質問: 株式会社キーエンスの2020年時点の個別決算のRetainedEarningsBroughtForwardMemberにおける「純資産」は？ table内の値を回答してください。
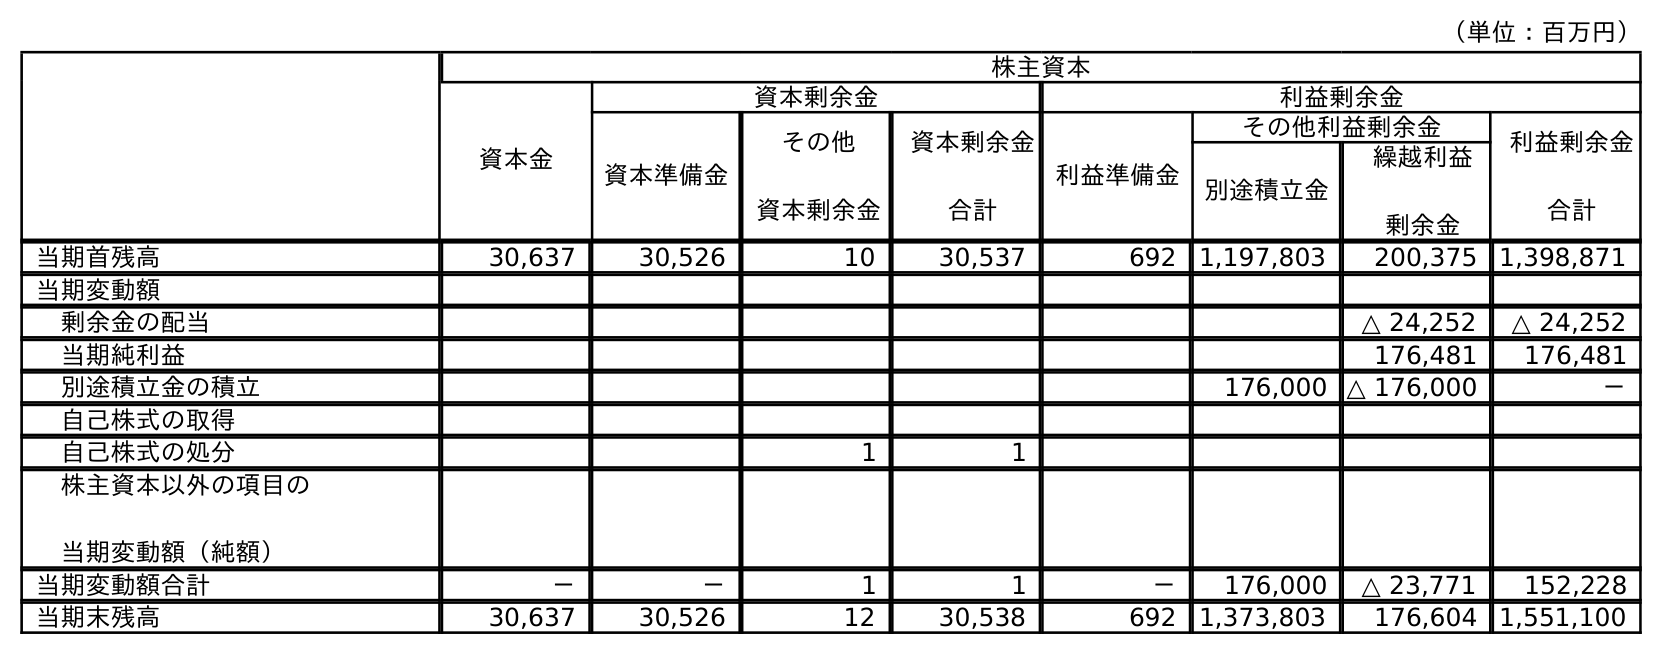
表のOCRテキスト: （単位：百万円） 株主資本 資本金 資本剰余金 利益剰余金 資本準備金 その他 資本剰余金 資本剰余金 合計 利益準備金 その他利益剰余金 利益剰余金 合計 別途積立金 繰越利益 剰余金 当期首残高 30,637 30,526 10 30,537 692 1,197,803 200,375 1,398,871 当期変動額 剰余金の配当 △ 24,252 △ 24,252 当期純利益 176,481 176,481 別途積立金の積立 176,000 △ 176,000 － 自己株式の取得 自己株式の処分 1 1 株主資本以外の項目の 当期変動額（純額） 当期変動額合計 － － 1 1 － 176,000 △ 23,771 152,228 当期末残高 30,637 30,526 12 30,538 692 1,373,803 176,604 1,551,100
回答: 176,604